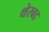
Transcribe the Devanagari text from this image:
थेरवद